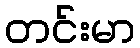
တင်းမာ